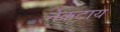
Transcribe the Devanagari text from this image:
नेकटाय